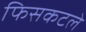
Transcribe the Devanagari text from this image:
फिसकटले